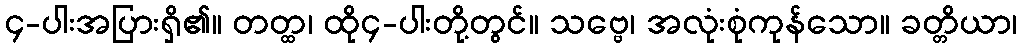
၄-ပါးအပြားရှိ၏။ တတ္ထ၊ ထို၄-ပါးတို့တွင်။ သဗ္ဗေ၊ အလုံးစုံကုန်သော။ ခတ္တိယာ၊